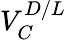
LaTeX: V_{C}^{D/L}